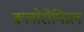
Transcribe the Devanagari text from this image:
क्‍लोरोफिल